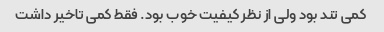
کمی تند بود ولی از نظر کیفیت خوب بود. فقط کمی تاخیر داشت